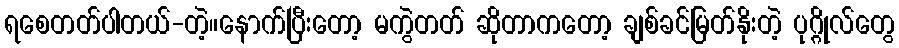
ရစေတတ်ပါတယ်-တဲ့။နောက်ပြီးတော့ မကွဲတတ် ဆိုတာကတော့ ချစ်ခင်မြတ်နိုးတဲ့ ပုဂ္ဂိုလ်တွေ